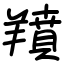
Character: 羵